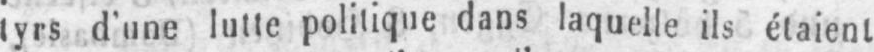
tyrs d’une lutte politique dans laquelle ils étaient